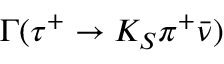
\Gamma ( \tau ^ { + } \to K _ { S } \pi ^ { + } \bar { \nu } )